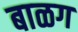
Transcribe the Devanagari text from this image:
बाळग